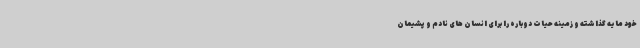
خود مایه گذاشته و زمینه حیات دوباره را برای انسان های نادم و پشیمان